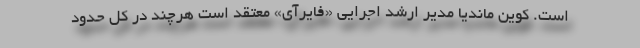
است. کوین ماندیا مدیر ارشد اجرایی «فایرآی» معتقد است هرچند در کل حدود